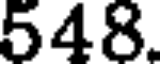
548.